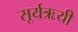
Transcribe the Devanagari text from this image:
सूर्यऋयी